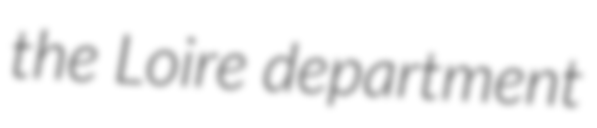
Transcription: the Loire department